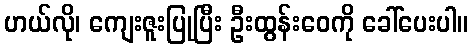
ဟယ်လို၊ ကျေးဇူးပြုပြီး ဦးထွန်းဝေကို ခေါ်ပေးပါ။